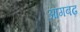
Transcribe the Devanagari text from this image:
आगबढ़